Report of the Municipal Commissioner on the plague in Bombay for the year ending 31st May... - Volume 2
Disease focus: Plague
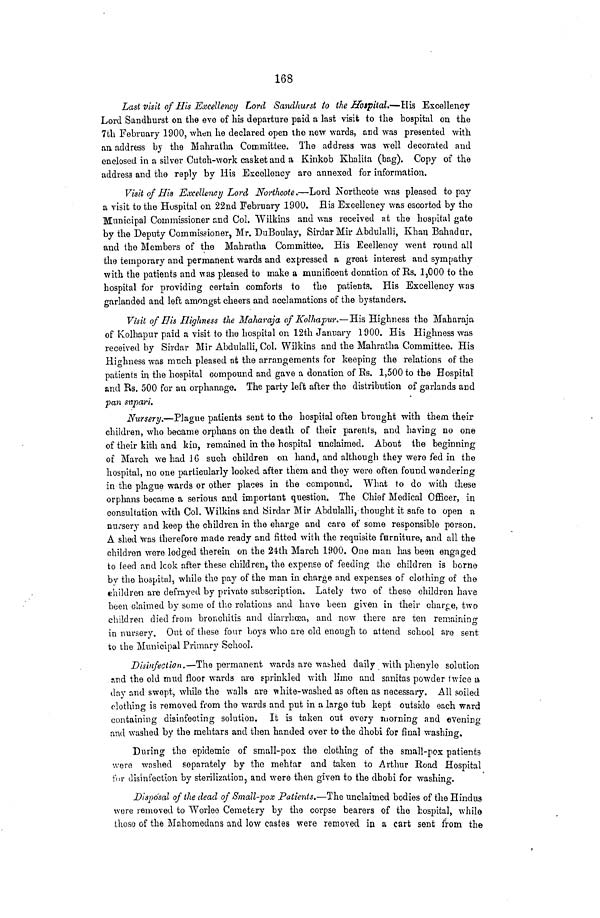
168
Last visit of His Excellency Lord Sandhurst to the £fa$pital.—His Excellency
Lord Sandhurst on the eve of his departure paid a last visit to the hospital on the
7th February 1900, when he declared open the new wards, and was presented with
ail address by the Mahratha Committee. The address was well decorated and
enclosed in a silver Cutch-work casket and a Kinkob Khalita (bag). Copy of the
address and the reply by His Excellency aro annexed for information.
Visit of His Excellency Lord Northcote.—Lord Isorthcote was pleased to pay
a visit to the Hospital on 22nd February 1900. His Excellency was escorted by the
Municipal Commissioner and Col. "Wilkins and was received at the hospital gate
by the Deputy Commissioner, Mr. DuBoulay, Sirdar Mir Abdulalli, Khan Bahadur,
and the Members of the Mahratha Committee. His Ecellency went round all
the temporary and permanent wards and expressed a great interest and sympathy
with the patients and was pleased to make a munificent donation of Rs. 1,000 to the
hospital for providing certain comforts to the patients. His Excellency was
garlanded and left amongst cheers and acclamations of the bystanders.
Visit of fJis Highness the Maharaja of Kolhapur.—His Highness the Maharaja
of Kolhapur paid a visit to the hospital on 12th January 1900. His Highness was
received by Sirdar Mir Abdulalli, Col. Wilkins and the Mahratha Committee. His
Highness was much pleased at the arrangements for keeping the relations of the
patients in the hospital compound and gave a donation of Es. 1,500 to the Hospital
and Us. 500 for an orphanage. The party left after the distribution of garlands and
pan snpari.
Nursery.—Plague patients sent to the hospital often brought with them their
children, who became orphans on the death of their parents, and having no one
of their kith and kiu, remained in the hospital unclaimed. About the beginning
of March we had 16 such children on hand, and although they were fed in the
hospital, no one particularly looked after them and they were often found wandering
in the plague wards or other places in the compound. What to do with these
orphans became a serious and important question. The Chief Medical Officer, in
consultation with Col. Wilkins and Sirdar Mir Abdulalli, thought it safe to open a
nursery and keep the children in the charge and care of some responsible person.
A shed was therefore made ready and fitted with the requisite furniture, and all the
children were lodged therein on the 24th March 1900. One man has been engaged
to feed and look after these children, the expense of feeding the children is borne
by the hospital, while the pay of the man in charge and expenses of clothing of the
children are defrayed by private subscription. Lately two of these children have
been claimed by some of tho relations and have been given in their charee, two
children died from bronchitis and diarrhcea, and now there are ten remairuno-
53
in nursery. Out of these four boys who are old enough to attend school are sent
to the Municipal Primary School.
Disinfection.—The permanent wards are washed daily with phenylo solution
and the old mud floor wards aro sprinkled with lime and sanitas powder twice a
day and swept, while the walls are v»lute-washed as often as necessary. All soiled
clothing is removed from the wards and put in a largo tub kept outside each ward
containing disinfecting solution. It is taken out every morning and evenincr
and washed by the mehtars and then handed over to the dhobi for final washing.
During the epidemic of small-pox the clothing of the small-pox patients
were washed separately by the mehtar and taken to Arthur Road Hospital
for disinfection by sterilization, and were then, given to the dhobi for washin^.
Disposal of the dead of Small-pox Patients.—The unclaimed bodies of the Hindus
wore removed to Worlee Cemetery by the corpse bearers of the hospital, while
thoso of the Mahomedans and low castes were removed in a cart sent from the